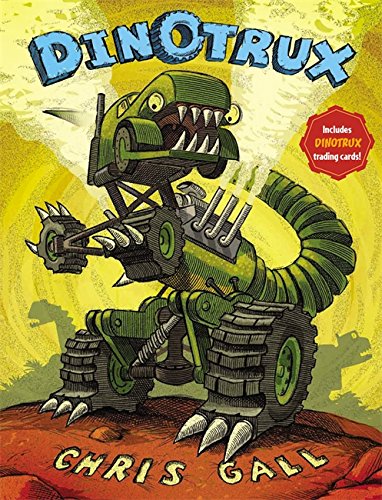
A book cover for Dinotrux; Chris Gall; Children's Books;